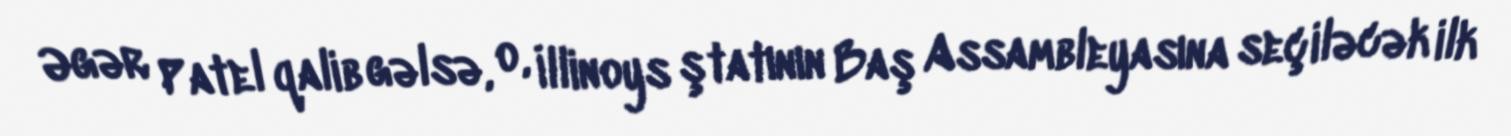
Əgər Patel qalib gəlsə, o, İllinoys ştatının Baş Assambleyasına seçiləcək ilk